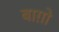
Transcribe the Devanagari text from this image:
बाग़ो